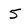
Character: 5